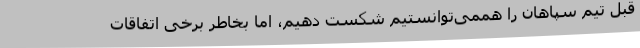
قبل تیم سپاهان را هممی‌توانستیم شکست دهیم، اما بخاطر برخی اتفاقات